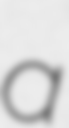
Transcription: a